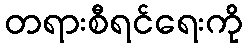
တရားစီရင်ရေးကို